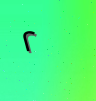
٢